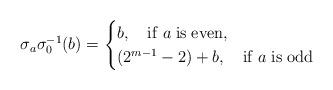
LaTeX: \begin{align*}\sigma_a\sigma_0^{-1}(b)=\begin{cases}b, \quad{\rm if}\; a\; {\rm is\; even,}\\(2^{m-1}-2)+b, \quad{\rm if}\; a\; {\rm is\; odd}\end{cases}\end{align*}